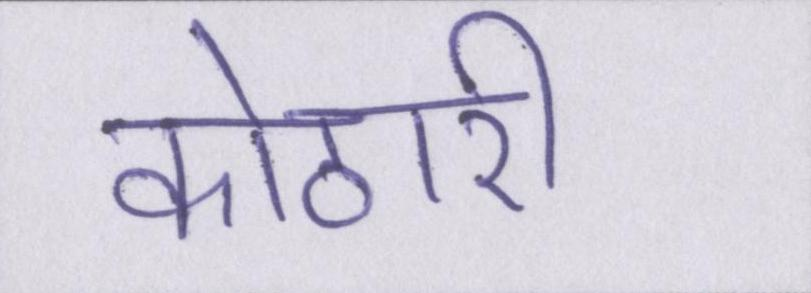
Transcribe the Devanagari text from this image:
कोठारी